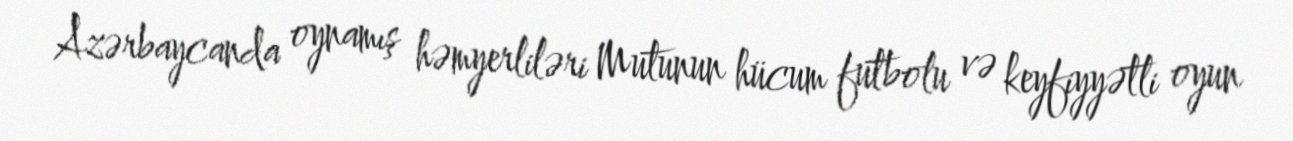
Azərbaycanda oynamış həmyerliləri Mutunun hücum futbolu və keyfiyyətli oyun